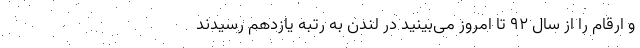
و ارقام‌ را از سال 92 تا امروز می‌بینید در لندن به رتبه یازدهم رسیدند